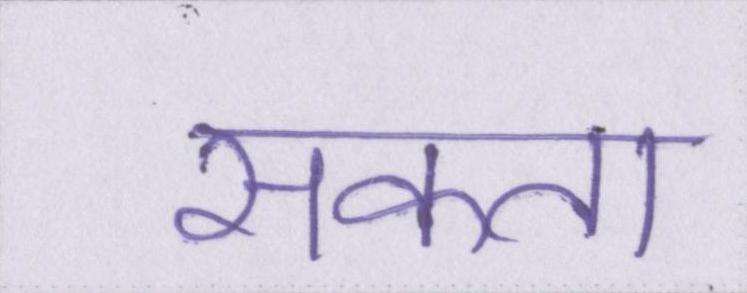
सकता